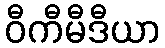
ဝီကီမီဒီယာ